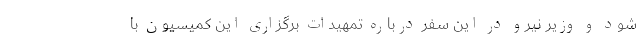
شود و وزیر نیرو در این سفر درباره تمهیدات برگزاری این کمیسیون با